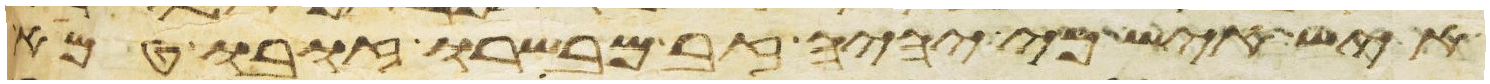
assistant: איש איש כי יהיה זב מבשרו זובו טמא